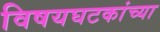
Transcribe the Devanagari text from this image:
विषयघटकांच्या